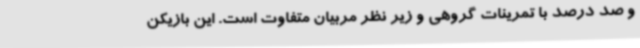
و صد درصد با تمرینات گروهی و زیر نظر مربیان متفاوت است. این بازیکن